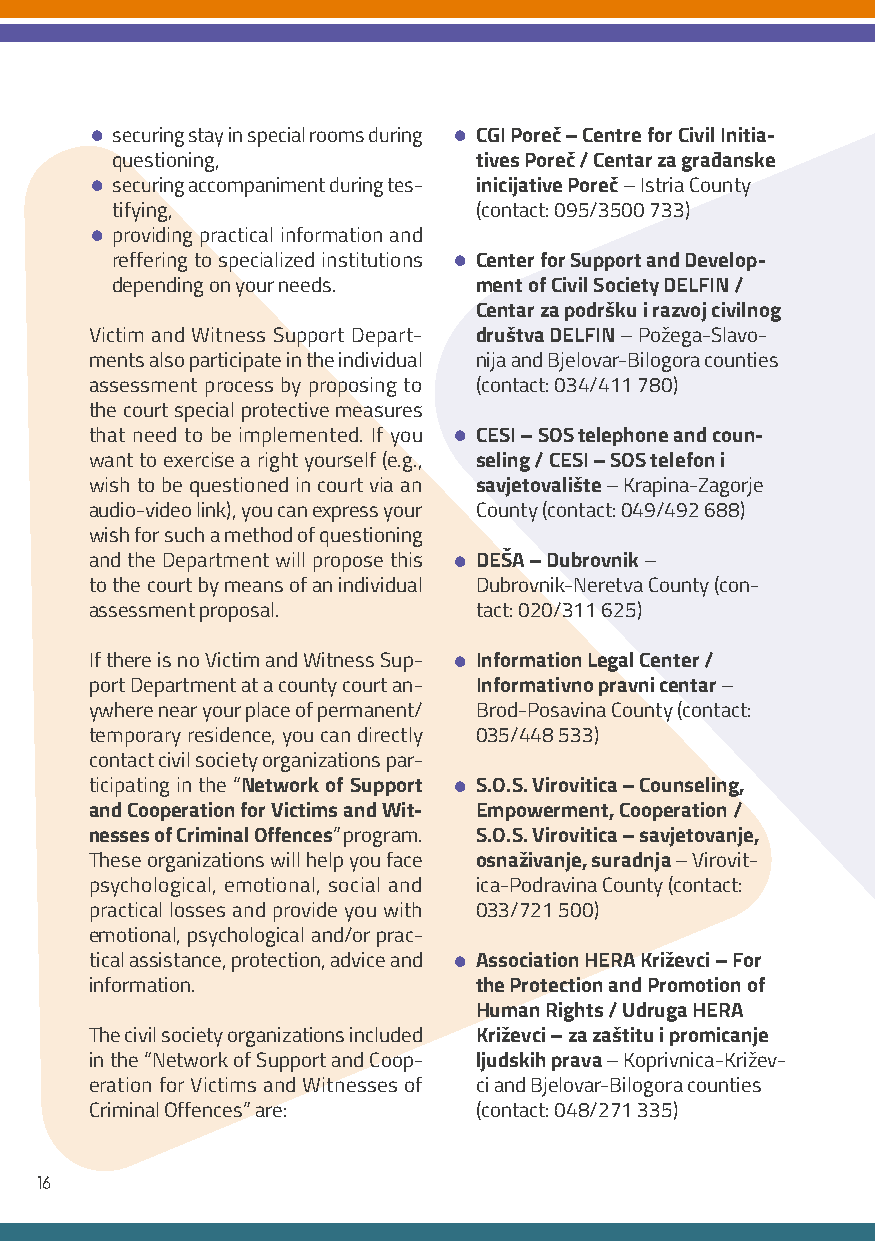
•                       •
 securing stay in special rooms during CGI Poreč – Centre for Civil Initia-
 questioning,            tives Poreč / Centar za građanske
 •
 securing accompaniment during tes- inicijative Poreč – Istria County
 tifying,                (contact: 095/3500 733)
 •
 providing practical information and
 •
 reffering to specialized institutions Center for Support and Develop-
 depending on your needs. ment of Civil Society DELFIN /
 Centar za podršku i razvoj civilnog
 Victim and Witness Support Depart- društva DELFIN – Požega-Slavo-
 ments also participate in the individual nija and Bjelovar-Bilogora counties
 assessment process by proposing to (contact: 034/411 780)
 the court special protective measures
 •
 that need to be implemented. If you CESI – SOS telephone and coun-
 want to exercise a right yourself (e.g., seling / CESI – SOS telefon i
 wish to be questioned in court via an savjetovalište – Krapina-Zagorje
 audio-video link), you can express your County (contact: 049/492 688)
 wish for such a method of questioning
 •
 and the Department will propose this DEŠA – Dubrovnik –
 to the court by means of an individual Dubrovnik-Neretva County (con-
 assessment proposal.     tact: 020/311 625)
 •
 If there is no Victim and Witness Sup- Information Legal Center /
 port Department at a county court an- Informativno pravni centar –
 ywhere near your place of permanent/ Brod-Posavina County (contact:
 temporary residence, you can directly 035/448 533)
 contact civil society organizations par-
 •
 ticipating in the “Network of Support S.O.S. Virovitica – Counseling,
 and Cooperation for Victims and Wit- Empowerment, Cooperation /
 nesses of Criminal Offences” program. S.O.S. Virovitica – savjetovanje,
 These organizations will help you face osnaživanje, suradnja – Virovit-
 psychological, emotional, social and ica-Podravina County (contact:
 practical losses and provide you with 033/721 500)
 emotional, psychological and/or prac-
 •
 tical assistance, protection, advice and Association HERA Križevci – For
 information.             the Protection and Promotion of
 Human Rights / Udruga HERA
 The civil society organizations included Križevci – za zaštitu i promicanje
 in the “Network of Support and Coop- ljudskih prava – Koprivnica-Križev-
 eration for Victims and Witnesses of ci and Bjelovar-Bilogora counties
 Criminal Offences” are:  (contact: 048/271 335)
 16